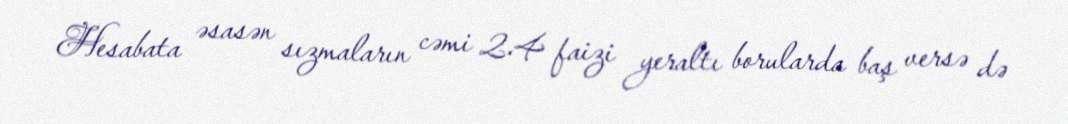
Hesabata əsasən sızmaların cəmi 2.4 faizi yeraltı borularda baş versə də